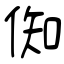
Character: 倁